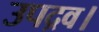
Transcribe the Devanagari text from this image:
उपद्रव।